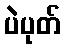
ပဲပုတ်